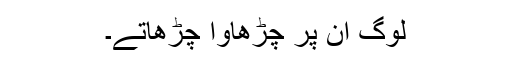
لوگ ان پر چڑھاوا چڑھاتے۔